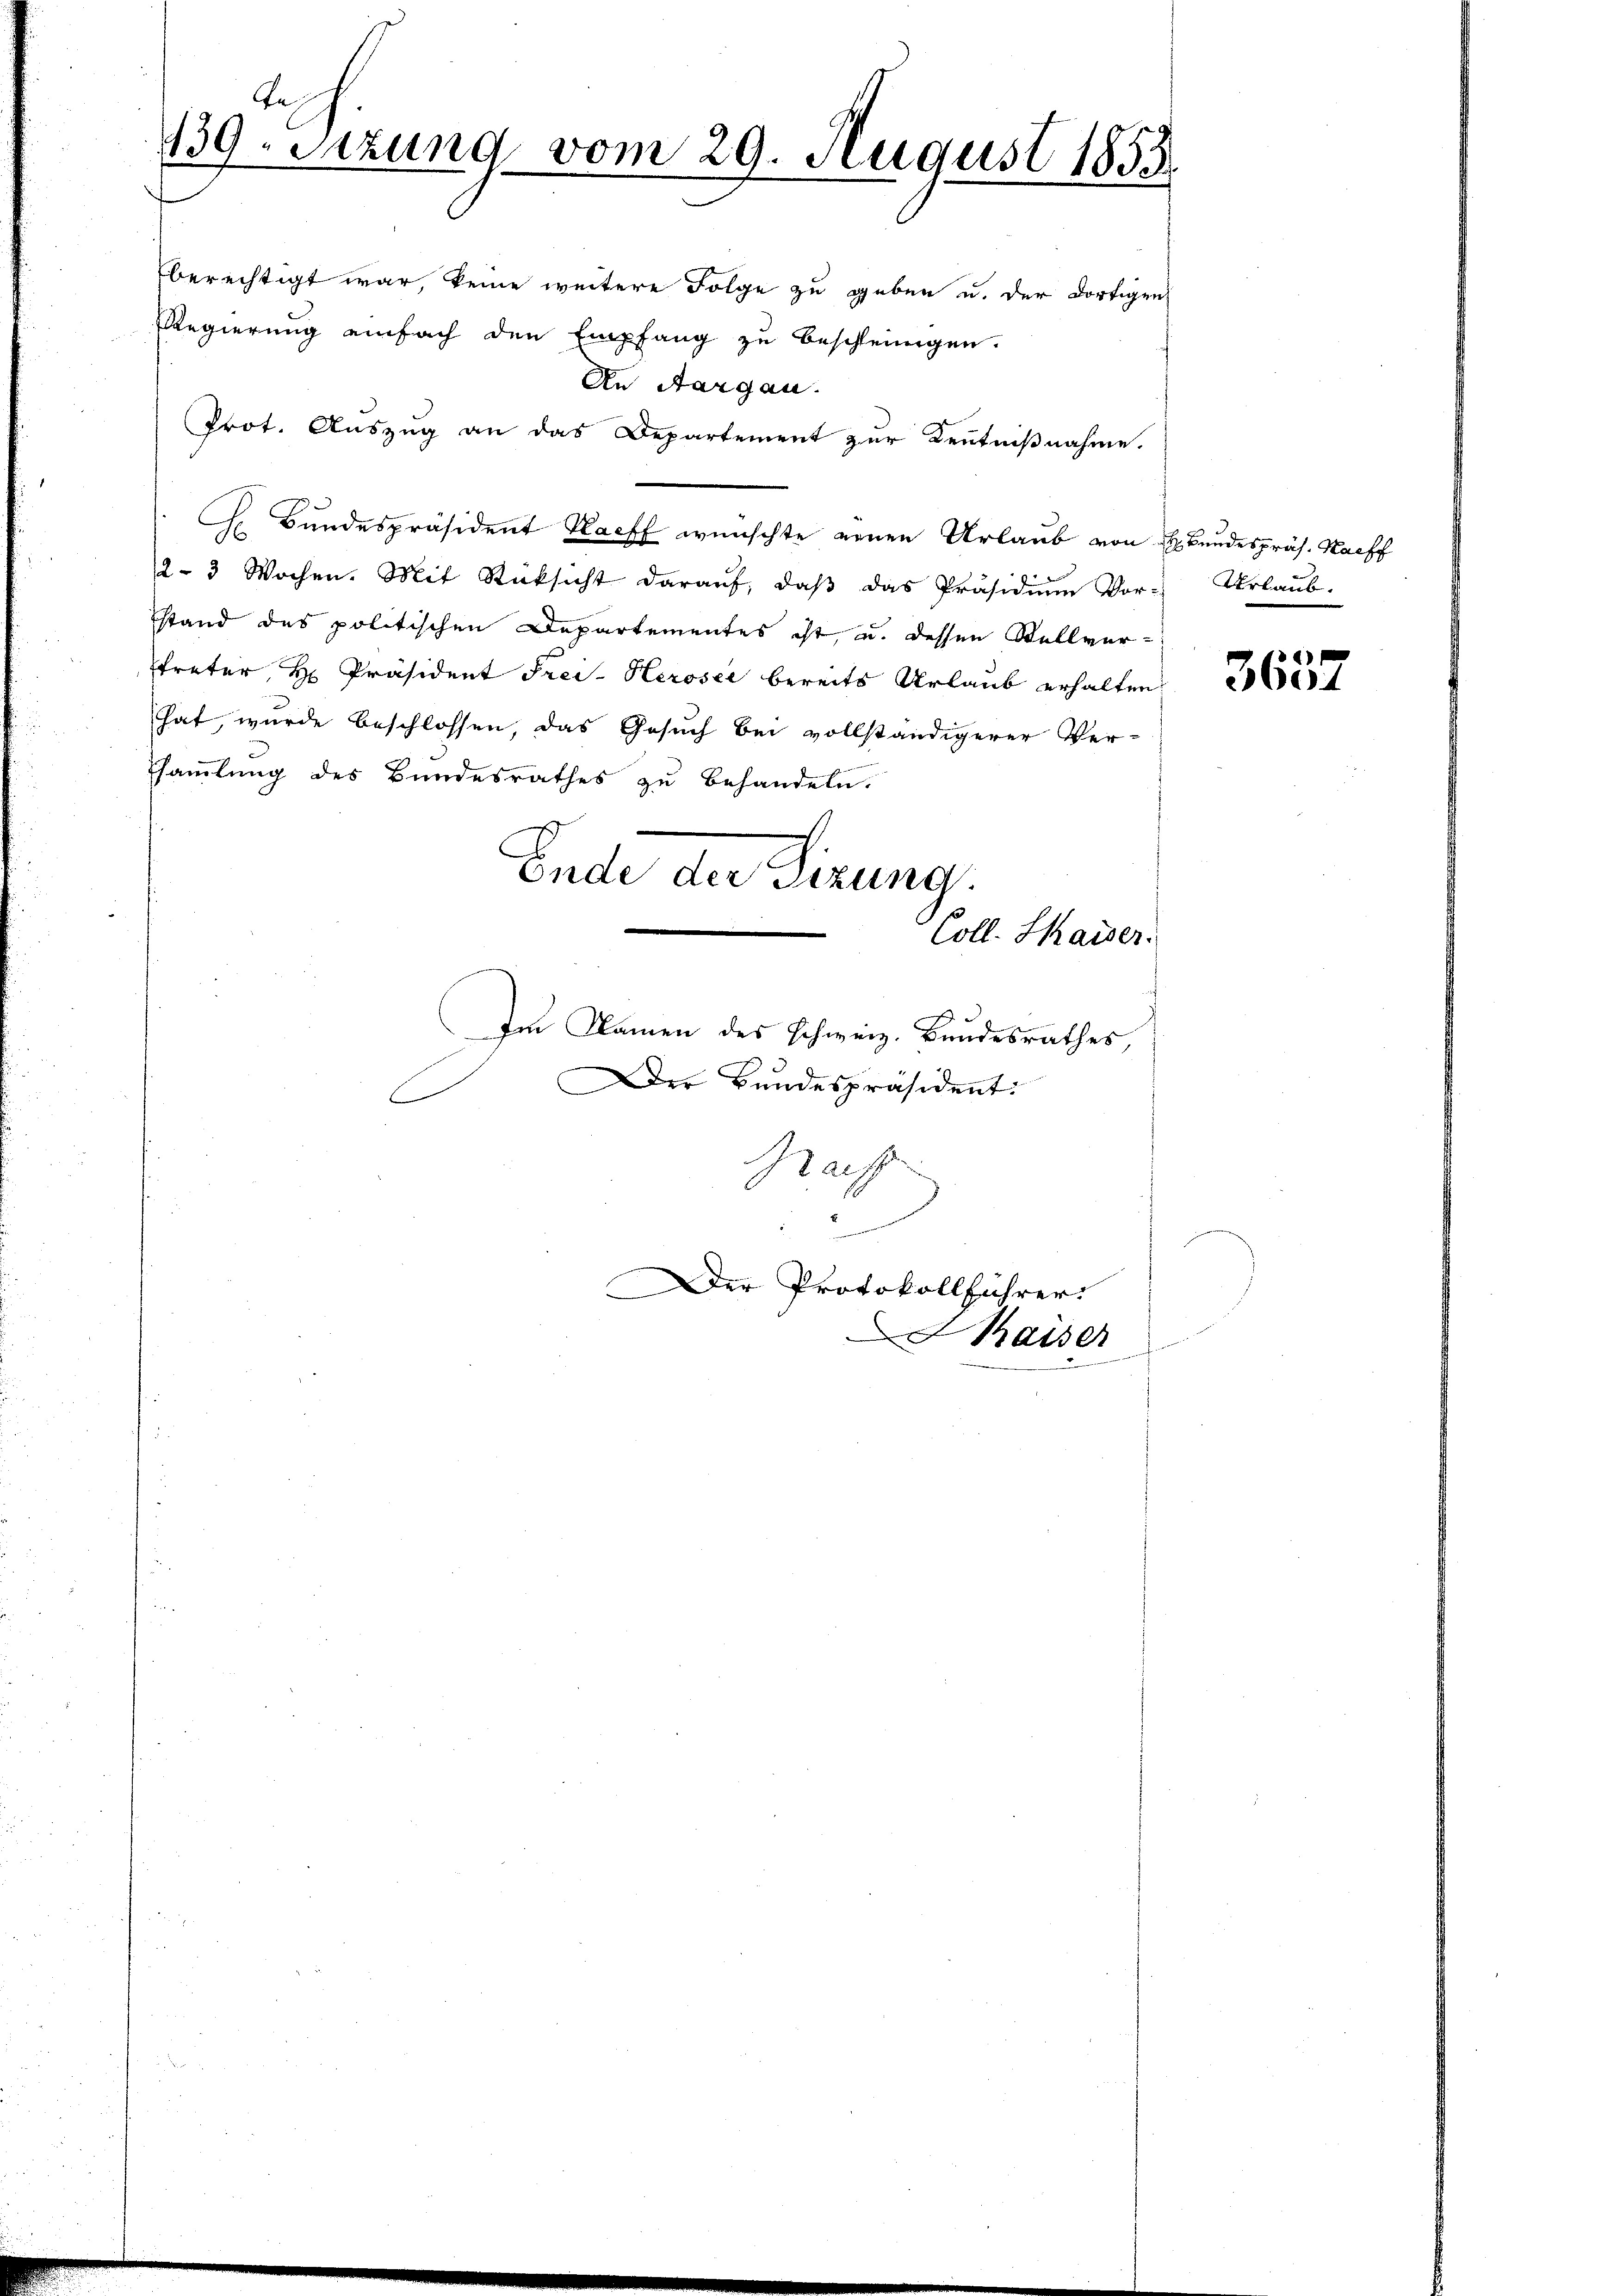
Tes
139. Sizung vom 29. August 1855.

berechtigt war, keine weitere Folge zu geben u. der dortigen
Regierung einfach den Empfang zu beschleunigen.
An Aargau.
Prot. Auszug an das Departement zur Kenntnißnahme.
J. Bundespräsident Harff wünschte neuen Urlaub von Bundespräs. Harff
2- 3 Wochen. Mit Rücksicht daraŭf, daβ das Präsidiŭm Vor- Urlaŭb-
stand des politischen Departementes ist, u. dessen Stellvertreter, H. Präsident Frei-Keroser bereits Urlaub erhalten
hat, wurde beschlossen, das Gesuch bei vollständigerer Versammlung des Bundesrathes zu behandeln.
Ende der Firung
Coll. Kaiser.
Im Namen des Schweiz. Bundesrathes,
Der Bundespräsident:
e

Macht
n
Der Protokollführer.
aiser

4)
3604